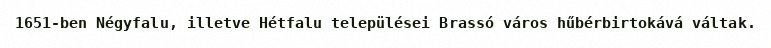
1651-ben Négyfalu, illetve Hétfalu települései Brassó város hűbérbirtokává váltak.